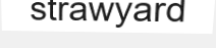
strawyard